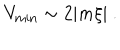
V _ { \mathrm { m i n } } \sim 2 | m \xi | \ .